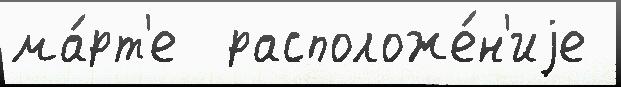
ма́рт'е  расположе́н'иjе